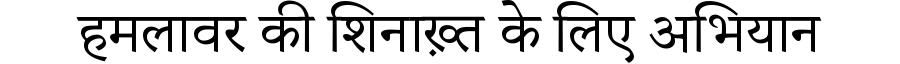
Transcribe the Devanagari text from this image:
हमलावर की शिनाख़्त के लिए अभियान